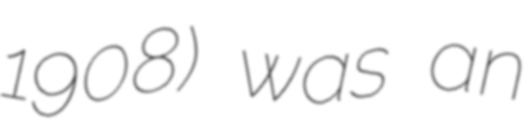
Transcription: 1908) was an